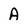
Character: A